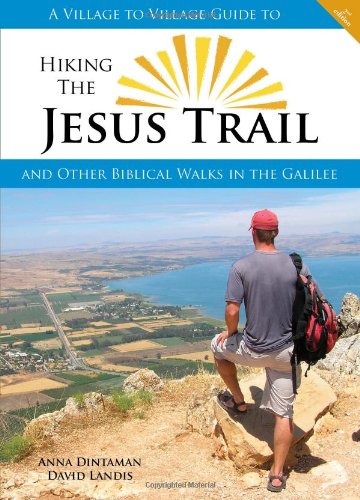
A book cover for Hiking the Jesus Trail and Other Biblical Walks in the Galilee; Anna Dintaman; Travel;